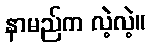
နာမည်က လဲ့လဲ့။